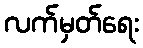
လက်မှတ်ရေး